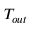
T _ { o u t }